Scientific memoirs by medical officers of the Army of India - Part IV,
Year: 1889
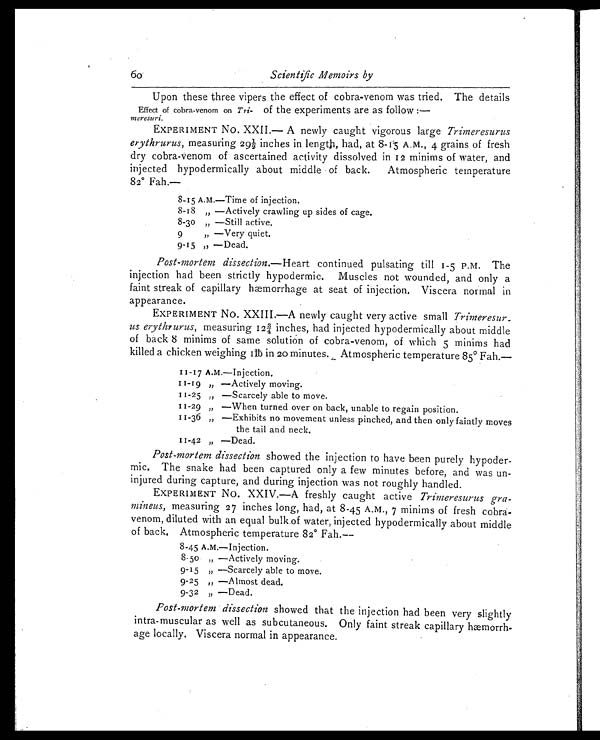
60
Scientific Memoirs by
Effect of cobra-venom on Tri-
meresuri .
Upon these three vipers the effect of cobra-venom was tried. The details
of the experiments are as follow:
—
EXPERIMENT No. XXII.—A newly caught vigorous large Trimeresurus
erythrurus, measuring 29½ inches in length, had, at 8-15 A.M., 4 grains of fresh
dry cobra-venom of ascertained activity dissolved in 12 minims of water, and
injected hypodermically about middle of back. Atmospheric temperature
82° Fah.—
8-15 A.M.—Time of injection.
8-18 „ —Actively crawling up sides of cage.
8-30 „ —Still active.
9 „ —Very quiet.
9-15 „ —Dead.
Post-mortem dissection. —Heart continued pulsating till 1-5 P.M. The
injection had been strictly hypodermic. Muscles not wounded, and only a
faint streak of capillary hæmorrhage at seat of injection. Viscera normal in
appearance.
EXPERIMENT NO. XXIII.—A newly caught very active small Trinzeresur
us erythrurus, me a s u r i n g 1 2 ¾ i n c h e s , h a d i n j e c t e d h y p o d e r mi c a l l y a b o u t mi d d l e
of back 8 minims of same solution of cobra-venom, of which 5 minims had
killed a chicken weighing 1lb in 20 minutes. Atmospheric temperature 85° Fah.—
II-17 A.M.—Injection.
11-19 „ —Actively moving.
11-25 „ —Scarcely able to move.
11-29 „ —When turned over on back, unable to regain position.
11- 36 „ —Exhi bi t s no movement unl ess pi nched, and t hen onl y f ai nt l y moves
the tail and neck.
11-42 „ —Dead.
Post-mortem dissection showed the injection to have been purely hypoder
-mic. The snake had been captured only a few minutes before, and was un
- i n j u r e d d u r i n g c a p t u r e , a n d d u r i n g i n j e c t i o n w a s n o t r o u g h l y h a n d l e d .
EXPERIMENT No. XXIV.—A freshly caught active Trimeresurus gra
- m i n e u s ,
measuring 27 inches long, had, at 8-45 A.M., 7 minims of fresh cobra-
venom, diluted with an equal bulk of water, injected hypodermically about middle
of back. Atmospheric temperature 82° Fah.
—
8-45 A.M.—Injection.
8-50 „ —Actively moving.
9-15 „ —Scarcely able to move.
9-25 „ —Almost dead.
9-32 „ —Dead.
Post-mortem dissection showed that the injection had been very slightly
intra-muscular as well as subcutaneous. Only faint streak capillary hæmorrh
- a g e l o c a l l y . V i s c e r a n o r m a l i n a p p e a r a n c e .